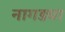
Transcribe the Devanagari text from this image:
नागड्या